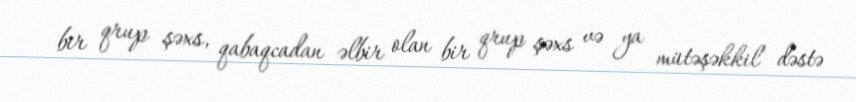
bir qrup şəxs, qabaqcadan əlbir olan bir qrup şəxs və ya mütəşəkkil dəstə